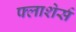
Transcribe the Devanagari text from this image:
फ्लाशेर्स